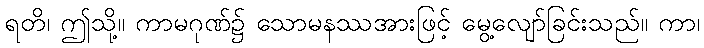
ရတိ၊ ဤသို့။ ကာမဂုဏ်၌ သောမနဿအားဖြင့် မွေ့လျော်ခြင်းသည်။ ကာ၊